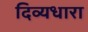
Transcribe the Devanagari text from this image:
दिव्यधारा